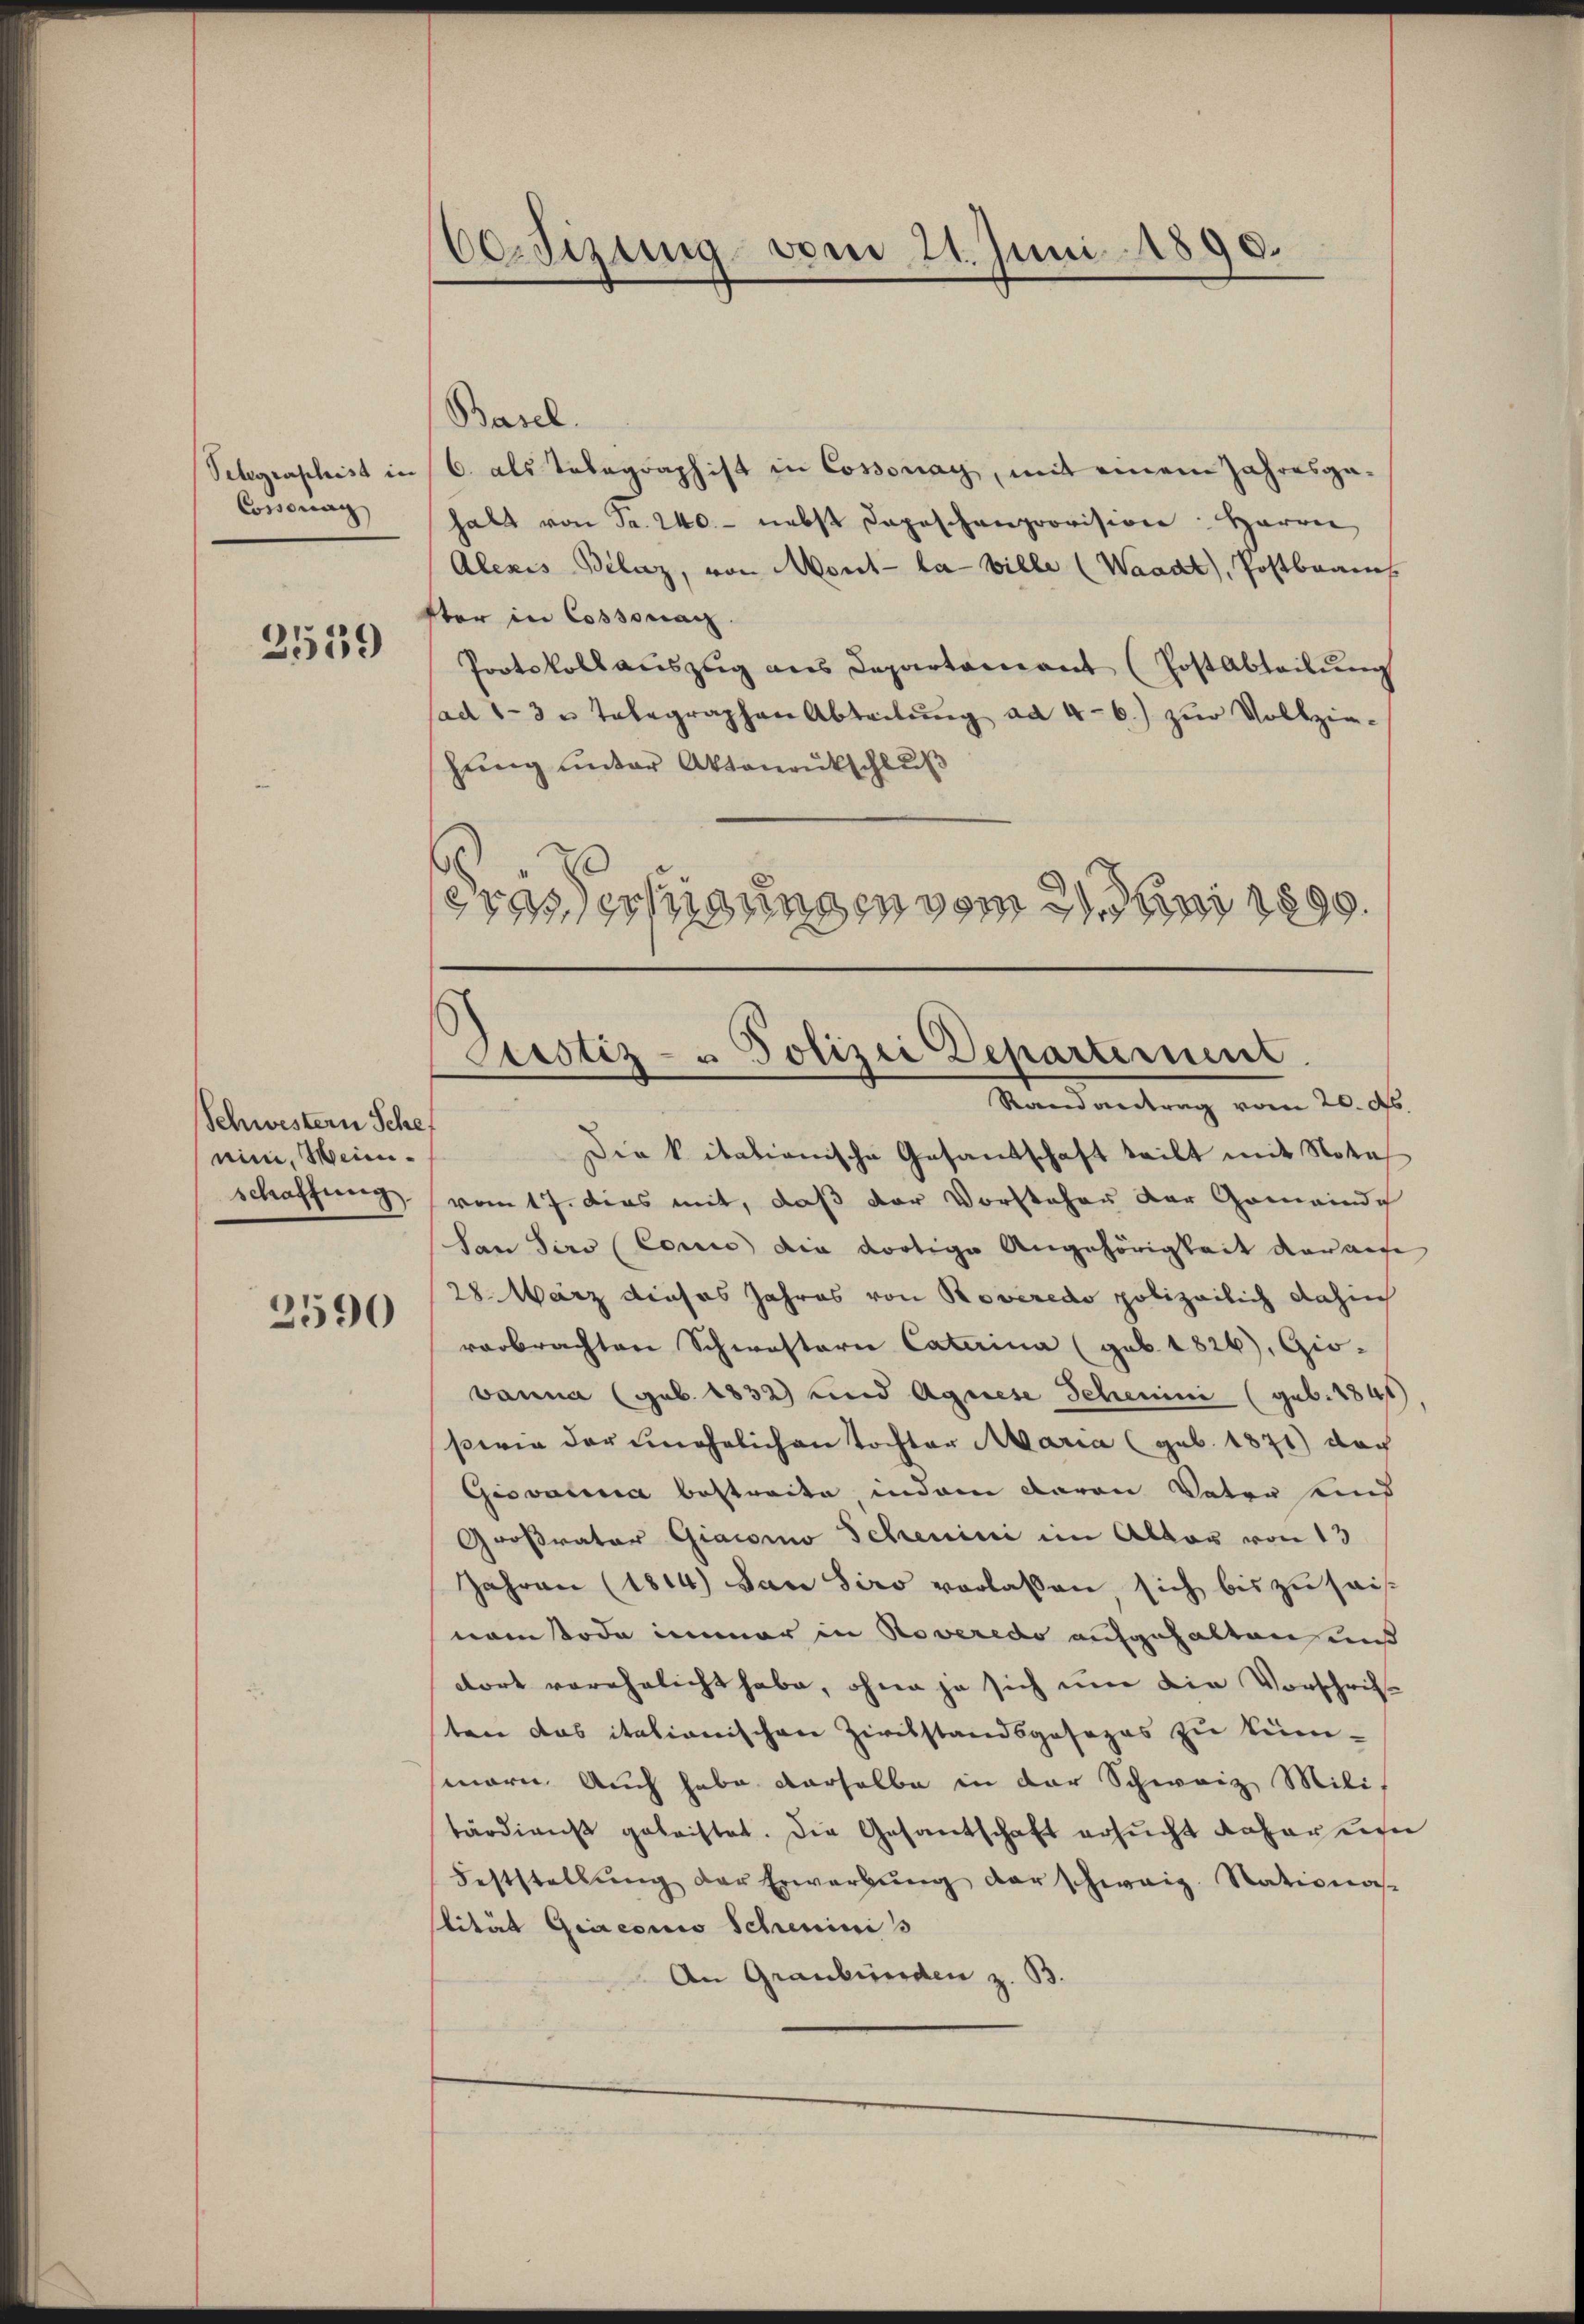
Cossonag

2539

Schwestern Schef
nin, Weinischaffung

2590

Cessizung vom 21. Juni 1890.

Basel.
Selegraphist in 6. als Telegraphist in Cossonay, mit einem Jahresgahalt von Fr. 240.- nebst Depeschenprovision: Herrn
Alexis Bilaz, von Mont la ville (Waadt, Postbrans
tter in Cossonanz
Portskollauszug aus Departament (Post Abteilung
sad 1-3 u Telegraphen Abteilŭng ad 4-6.) zur Vollzie-
hung unter Aktenentschluß
eressertigungen vom 21. Juni 1899.

Prustiz- u Polizei Departerient
Rand antrag vom 20. d.

Die kitationische Gesandschaft teilt mit Nota
vom 17. dies mit, daß der Vorsteher der Gemeinde
San Siro (Cours die dortige Angehörigkeit daraufe
28. März dieses Jahres von Roveredo polizeilich dahin
verbrachten Schwestern Caterina (geb. 1826), Gio-
vanna (geb. 1832) und Agnese Schemini (geb. 1845)
swie der unehelichen Tochter Maria (geb. 1871) doch
Giovatinia bestreite, indem davon Vater und
Großrator Giacomo Schenini im Altar von 13
Jahren (1814.) San Siro verlaßen, sich bis zu sais
namstode immer in Noveredo aufgehalten und
dort verehelicht habe, ohne ja sich um die Vorschrift
ten das italionischen Zivilstandsgesezes zu könn-
morn. Auch habe derselbe in der Schweiz Milit
tärdienst geleistet. Die Gesandschaft ersŭcht daher un
Feststellŭng der Erwerbŭng der schweiz. Nationa-
lität Giacono Scheminis
An Graubünden z. B.